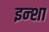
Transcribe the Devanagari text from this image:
इन्शा